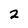
Character: 2